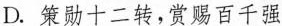
D.策勋十二转，赏赐百千强